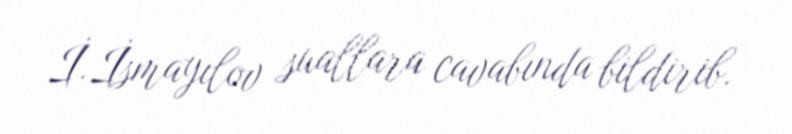
İ.İsmayılov suallara cavabında bildirib.